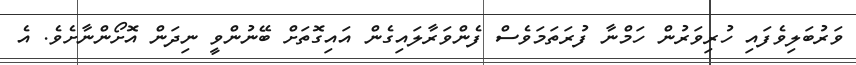
ވަރުބަލިވެފައި ހުރިވަރުން ހަމްނާ ފުރަތަމަވެސް ފެންވަރާލައިގެން އައިގޮތަށް ބޭނުންވީ ނިދަން އޮށޯންނާށެވެ. އެ